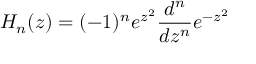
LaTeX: H _ { n } ( z ) = ( - 1 ) ^ { n } e ^ { z ^ { 2 } } \frac { d ^ { n } } { d z ^ { n } } e ^ { - z ^ { 2 } }